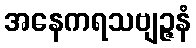
အနေကရသဗျဉ္ဇနံ